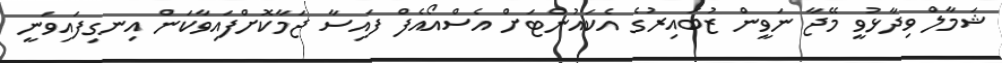
ޝަމާލް ވިދާޅުވީ މޭޖާ ނަވީން ޒުބައިރުގެ އެކައުންޓަށް އެސްއޯއެފް ފައިސާ ޖަމާކޮށްފައިވާކަން އިނގިފައިވަނީ